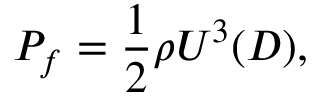
{ P _ { f } } = \frac { 1 } { 2 } \rho { U ^ { 3 } } ( D ) ,